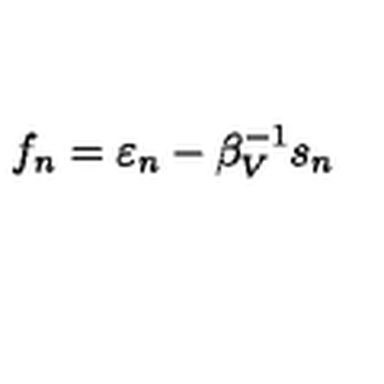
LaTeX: f _ { n } = \varepsilon _ { n } - \beta _ { V } ^ { - 1 } s _ { n }